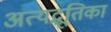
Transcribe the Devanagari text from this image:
अत्यद्भूतिका